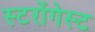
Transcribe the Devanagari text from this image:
स्टरोंगेस्ट